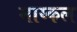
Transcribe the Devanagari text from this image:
माय्कल